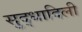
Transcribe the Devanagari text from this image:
सुद्धादिली